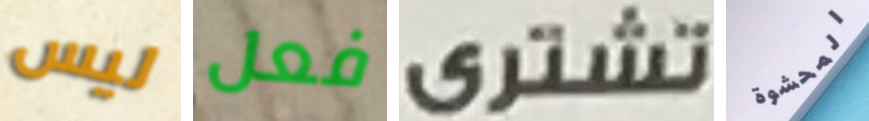
ليس فعل تشترى المحشوة